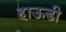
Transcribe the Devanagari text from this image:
हाऊडी